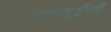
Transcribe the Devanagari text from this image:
डब्ल्यूईसी